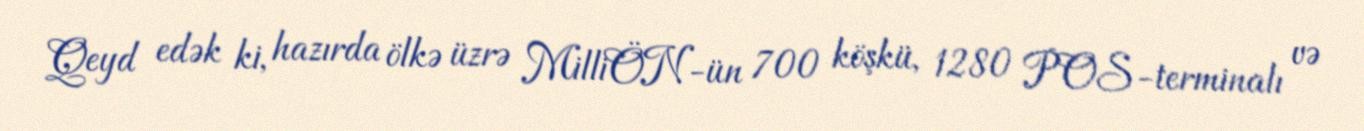
Qeyd edək ki, hazırda ölkə üzrə MilliÖN-ün 700 köşkü, 1280 POS-terminalı və